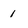
Character: 1